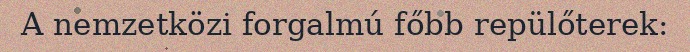
A nemzetközi forgalmú főbb repülőterek: